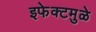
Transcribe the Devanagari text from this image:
इफेक्टमुळे